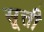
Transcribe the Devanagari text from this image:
सूत्ती